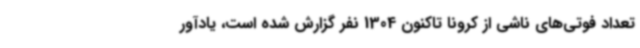
تعداد فوتی‌های ناشی از کرونا تاکنون 1304 نفر گزارش شده است، یادآور